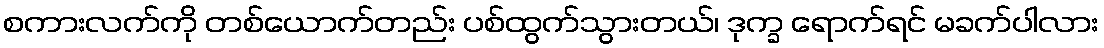
စကားလက်ကို တစ်ယောက်တည်း ပစ်ထွက်သွားတယ်၊ ဒုက္ခ ရောက်ရင် မခက်ပါလား